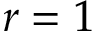
r = 1